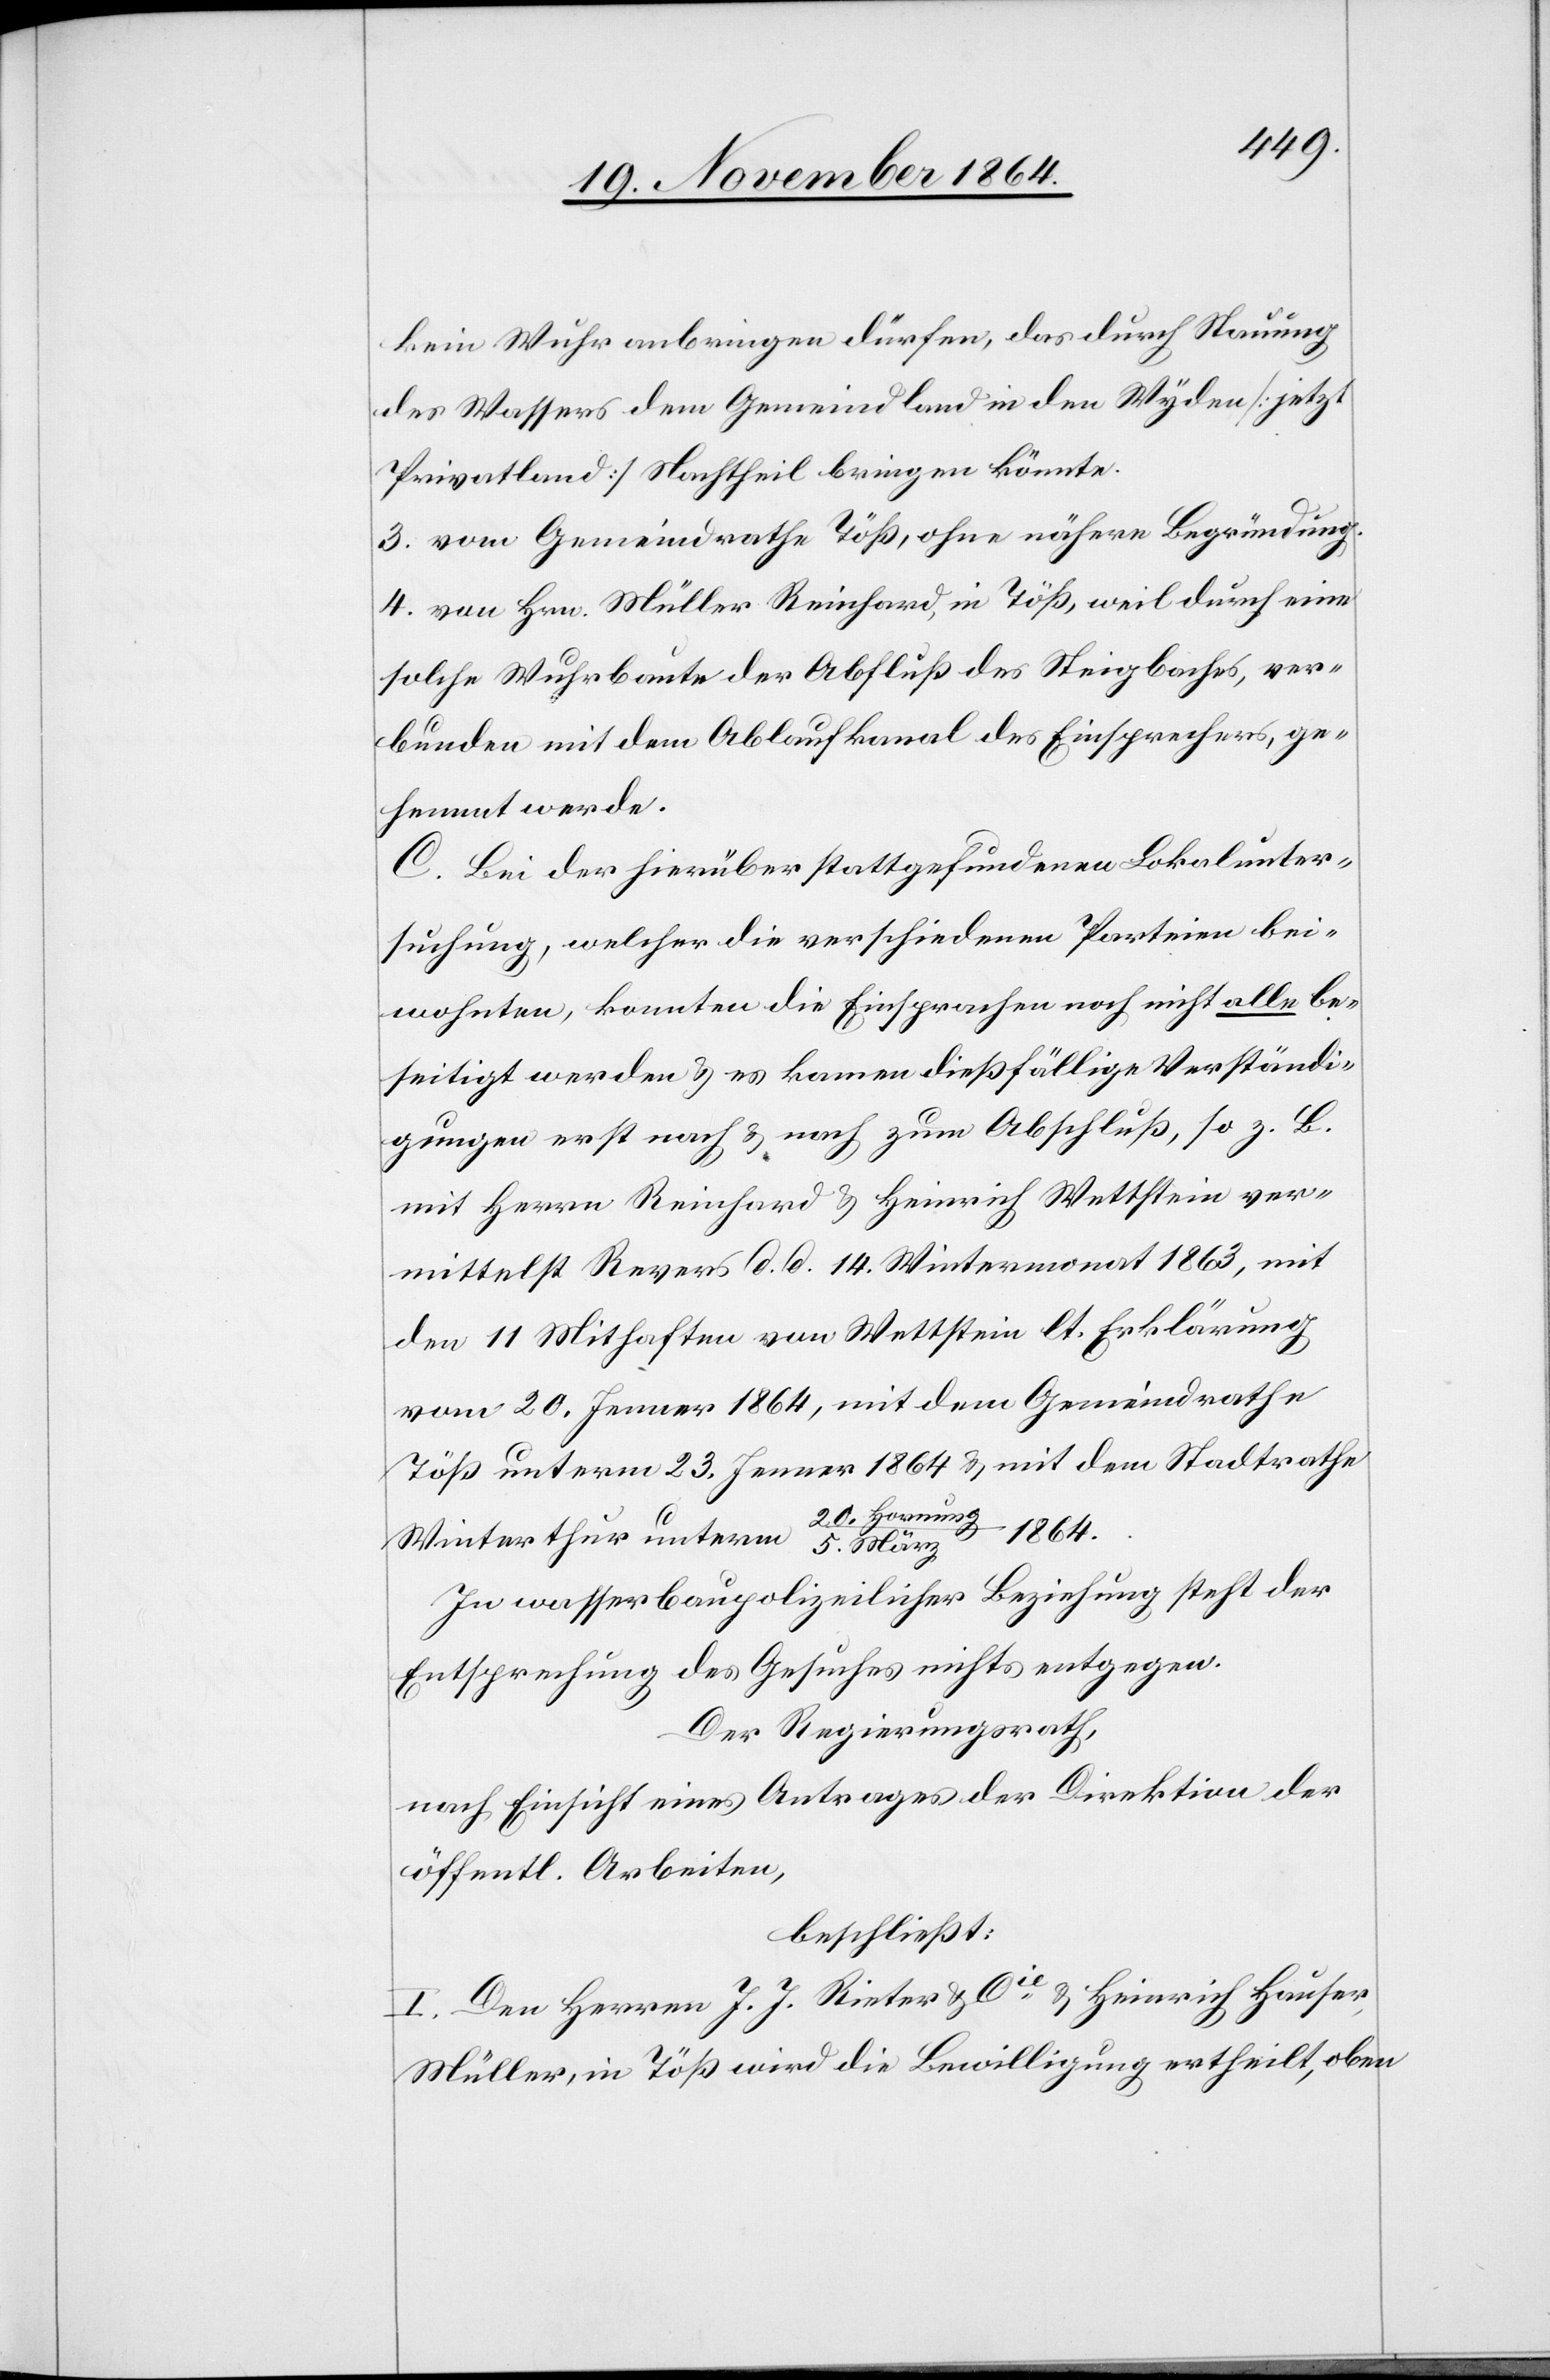
kein Wuhr anbringen dürfen, das durch Stauung
des Wassers dem Gemeindland in den Wyden [jetzt
Privatland] Nachtheil bringen könnte.
3. vom Gemeindrathe Töß, ohne nähere Begründung.
4. von Hrn. Müller Reinhard, in Töß, weil durch eine
solche Wuhrbaute der Abfluß des Steigbachs, ver¬
bunden mit dem Ablaufkanal des Einsprechers, ge¬
hemmt werde.
C. Bei der hierüber stattgefundenen Lokalunter¬
suchung, welcher die verschiedenen Parteien bei¬
wohnten, konnten die Einsprachen noch nicht alle be¬
seitigt werden & es kamen dießfällige Verständi¬
gungen erst nach & nach zum Abschluß, so z. B.
mit Herrn Reinhard & Heinrich Wettstein ver¬
mittelst Revers d. d. 14. Wintermonat 1863, mit
den 11 [sic!] Mithaften von Wettstein lt. Erklärung
vom 20. Jenner 1864, mit dem Gemeindrathe
Töß unterm 23. Jenner 1864 & mit dem Stadtrathe
1864.
Winterthur unterm 20. Hornung/5.
In wasserbaupolizeilicher Beziehung steht der
Entsprechung des Gesuches nichts entgegen.
Der Regierungsrath,
nach Einsicht eines Antrages der Direktion der
öffentl. Arbeiten,
beschließt:
I. Den Herren J. J. Rieter & Cie & Heinrich Hauser,
Müller, in Töß wird die Bewilligung ertheilt, oben